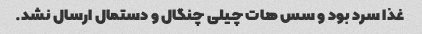
غذا سرد بود و سس هات چیلی چنگال و دستمال ارسال نشد.